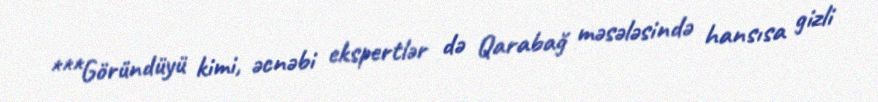
***Göründüyü kimi, əcnəbi ekspertlər də Qarabağ məsələsində hansısa gizli